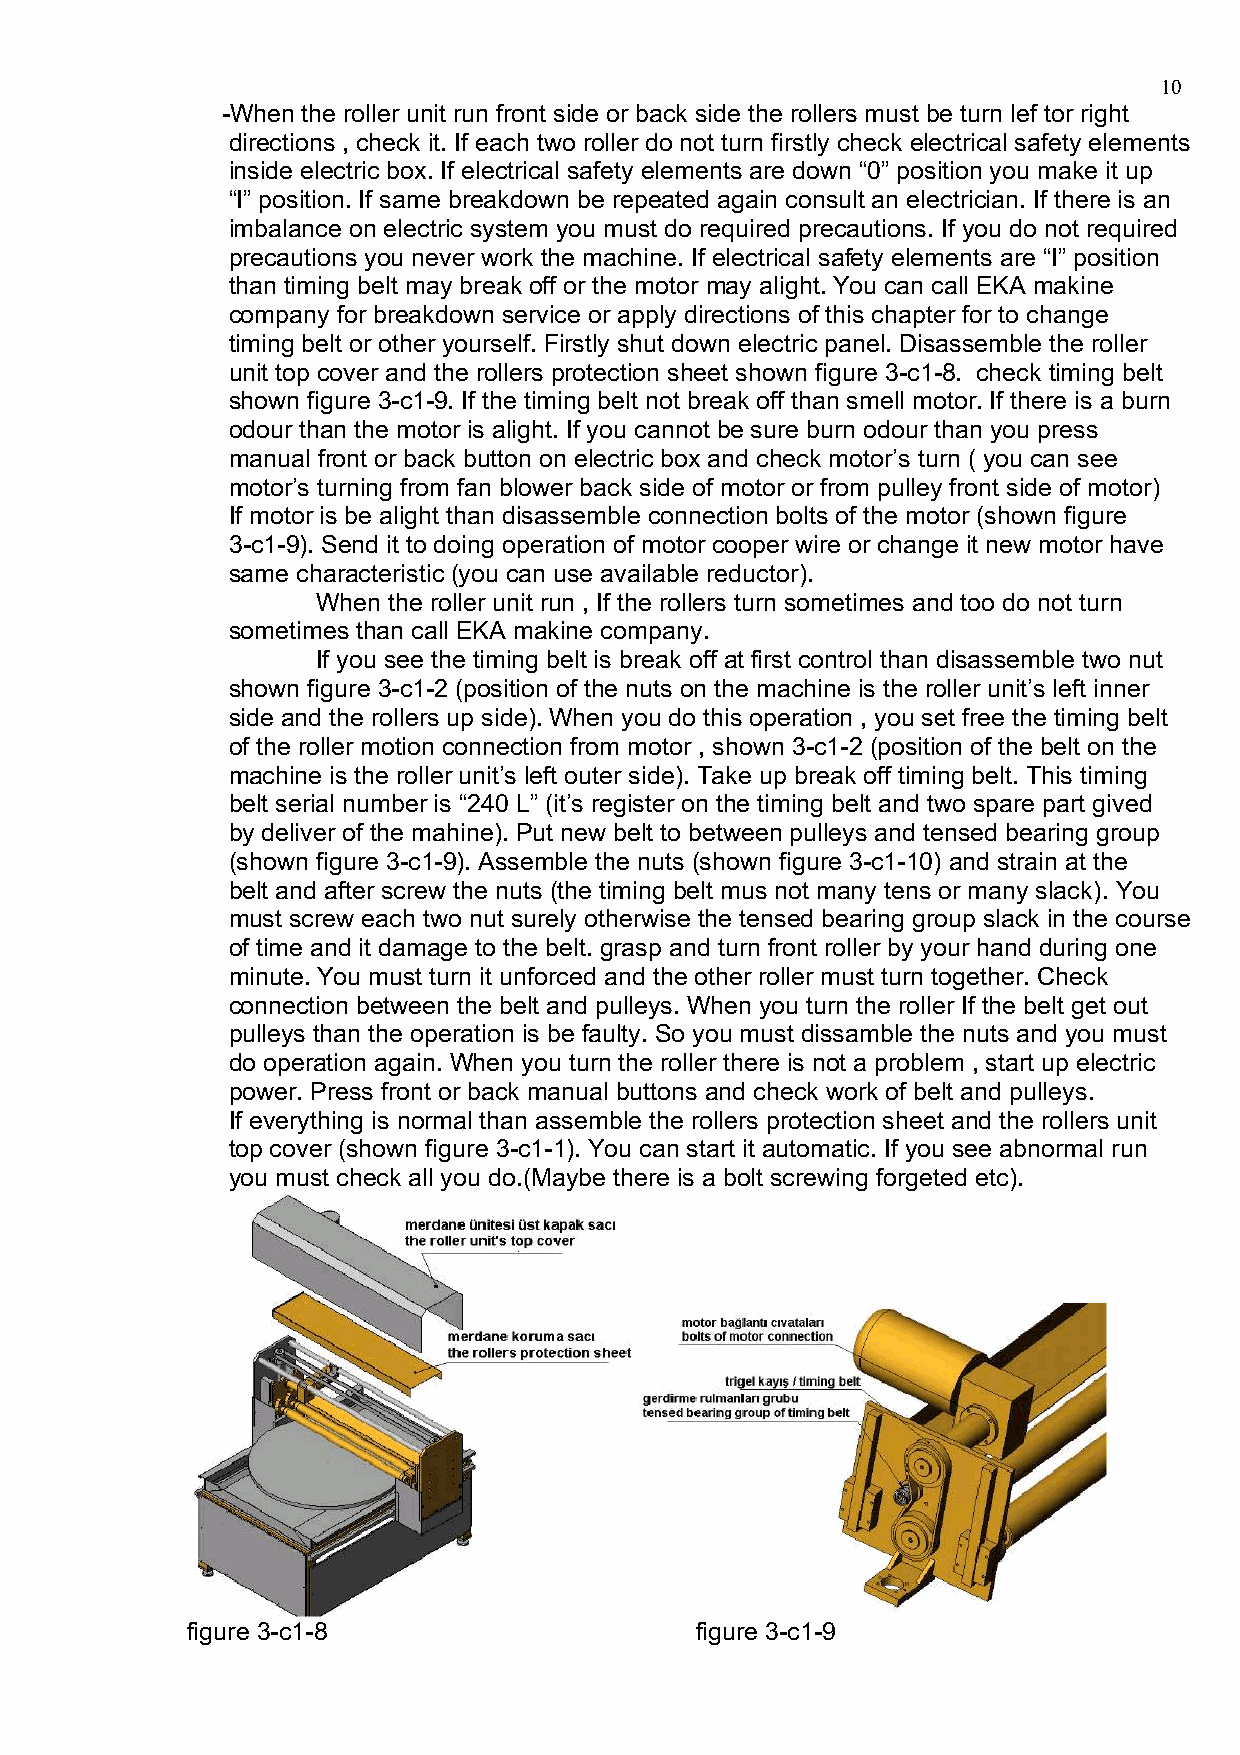
10
 -When the roller unit run front side or back side the rollers must be turn lef tor right
 directions , check it. If each two roller do not turn firstly check electrical safety elements
 inside electric box. If electrical safety elements are down “0” position you make it up
 “I” position. If same breakdown be repeated again consult an electrician. If there is an
 imbalance on electric system you must do required precautions. If you do not required
 precautions you never work the machine. If electrical safety elements are “I” position
 than timing belt may break off or the motor may alight. You can call EKA makine
 company for breakdown service or apply directions of this chapter for to change
 timing belt or other yourself. Firstly shut down electric panel. Disassemble the roller
 unit top cover and the rollers protection sheet shown figure 3-c1-8. check timing belt
 shown figure 3-c1-9. If the timing belt not break off than smell motor. If there is a burn
 odour than the motor is alight. If you cannot be sure burn odour than you press
 manual front or back button on electric box and check motor’s turn ( you can see
 motor’s turning from fan blower back side of motor or from pulley front side of motor)
 If motor is be alight than disassemble connection bolts of the motor (shown figure
 3-c1-9). Send it to doing operation of motor cooper wire or change it new motor have
 same characteristic (you can use available reductor).
 When the roller unit run , If the rollers turn sometimes and too do not turn
 sometimes than call EKA makine company.
 If you see the timing belt is break off at first control than disassemble two nut
 shown figure 3-c1-2 (position of the nuts on the machine is the roller unit’s left inner
 side and the rollers up side). When you do this operation , you set free the timing belt
 of the roller motion connection from motor , shown 3-c1-2 (position of the belt on the
 machine is the roller unit’s left outer side). Take up break off timing belt. This timing
 belt serial number is “240 L” (it’s register on the timing belt and two spare part gived
 by deliver of the mahine). Put new belt to between pulleys and tensed bearing group
 (shown figure 3-c1-9). Assemble the nuts (shown figure 3-c1-10) and strain at the
 belt and after screw the nuts (the timing belt mus not many tens or many slack). You
 must screw each two nut surely otherwise the tensed bearing group slack in the course
 of time and it damage to the belt. grasp and turn front roller by your hand during one
 minute. You must turn it unforced and the other roller must turn together. Check
 connection between the belt and pulleys. When you turn the roller If the belt get out
 pulleys than the operation is be faulty. So you must dissamble the nuts and you must
 do operation again. When you turn the roller there is not a problem , start up electric
 power. Press front or back manual buttons and check work of belt and pulleys.
 If everything is normal than assemble the rollers protection sheet and the rollers unit
 top cover (shown figure 3-c1-1). You can start it automatic. If you see abnormal run
 you must check all you do.(Maybe there is a bolt screwing forgeted etc).
 figure 3-c1-8                     figure 3-c1-9